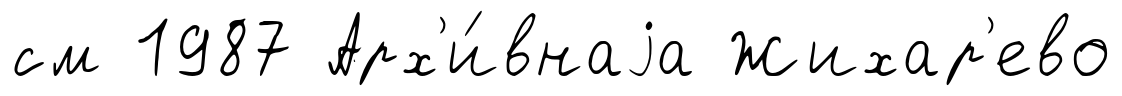
см 1987 Арх'и́внаjа Жихар'ево